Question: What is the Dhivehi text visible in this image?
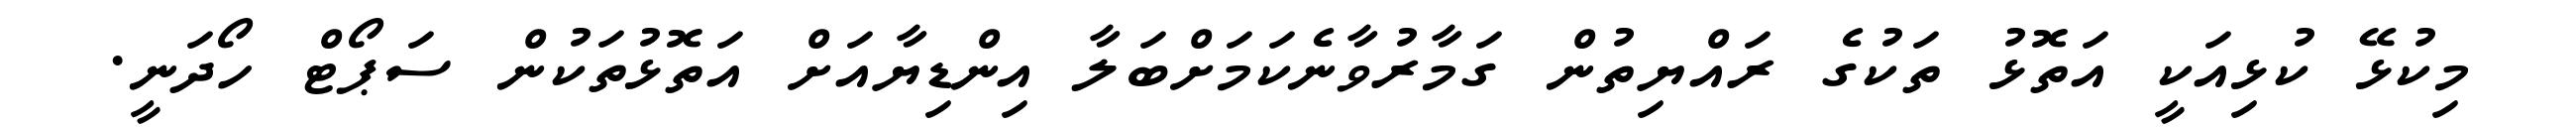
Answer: މިކުޅޭ ކުޅިއަކީ އަތޮޅު ތަކުގެ ރައްޔިތުން ގަމާރުވާނެކަމަށްބަލާ އިންޑިޔާއަށް އަތޮޅުތަކުން ސަޕޯޓް ހޯދަނީ.